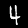
Digit: 4